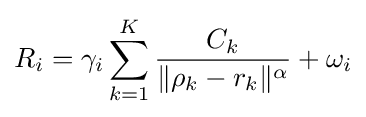
R_{i}=\gamma _{i}\sum _{k=1}^{K}{\frac {C_{k}}{\|{\rho _{k}-r_{k}}\|^{\alpha }}}+\omega _{i}